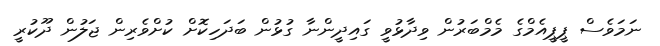
ނަމަވެސް ޕީޕީއެމްގެ މެމްބަރުން ވިދާޅުވީ ގައިދީންނާ ގުޅުން ބަދަހިކޮށް ކުށްވެރިން ޖަލުން ދޫކުރީ